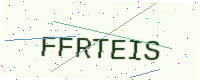
Text: FFRTEIS